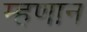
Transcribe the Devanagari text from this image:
म्हणान